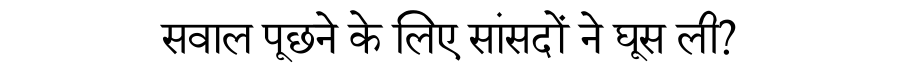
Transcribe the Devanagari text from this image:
सवाल पूछने के लिए सांसदों ने घूस ली?